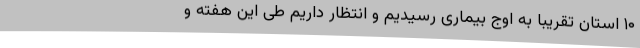
۱۰ استان تقریبا به اوج بیماری رسیدیم و انتظار داریم طی این هفته و